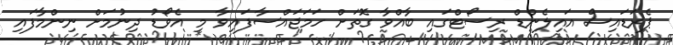
ޕެރަޑައިސް އައިލެންޑް ރިސޯޓްގައި ބާއްވާ ގޮތަށް ހަމަޖައްސާފައިވާ މި އެވޯޑު ދިނުމަށް ނިންމާފައި